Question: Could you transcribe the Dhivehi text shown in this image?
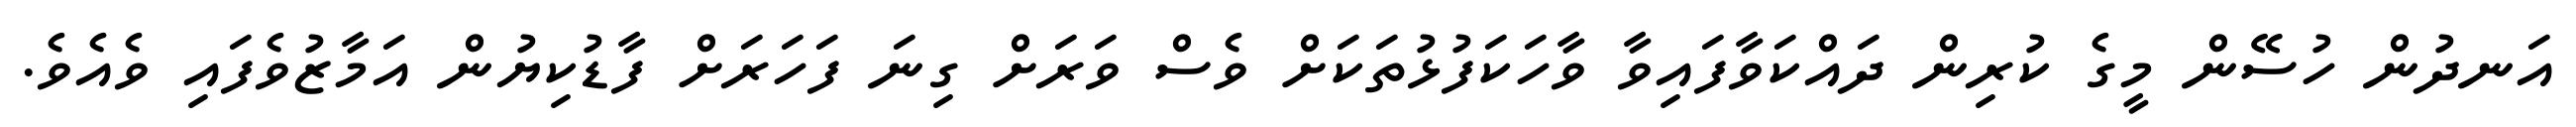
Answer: އަނދުން ހުސޭން މީގެ ކުރިން ދައްކަވާފައިވާ ވާހަކަފުޅުތަކަށް ވެސް ވަރަށް ގިނަ ފަހަރަށް ފާޑުކިޔުން އަމާޒުވެފައި ވެއެވެ.